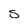
Character: s